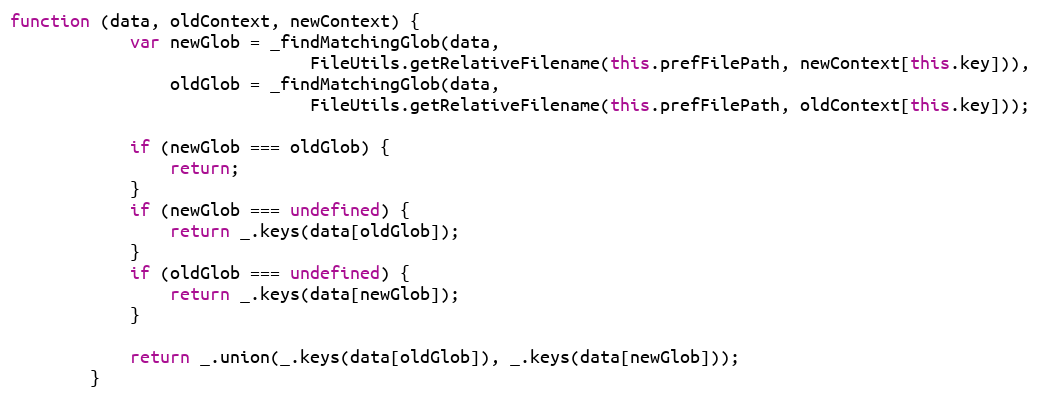
Language: JavaScript
function (data, oldContext, newContext) {
            var newGlob = _findMatchingGlob(data,
                              FileUtils.getRelativeFilename(this.prefFilePath, newContext[this.key])),
                oldGlob = _findMatchingGlob(data,
                              FileUtils.getRelativeFilename(this.prefFilePath, oldContext[this.key]));

            if (newGlob === oldGlob) {
                return;
            }
            if (newGlob === undefined) {
                return _.keys(data[oldGlob]);
            }
            if (oldGlob === undefined) {
                return _.keys(data[newGlob]);
            }

            return _.union(_.keys(data[oldGlob]), _.keys(data[newGlob]));
        }